Leningradi_Edasi_toimetus, lk 63
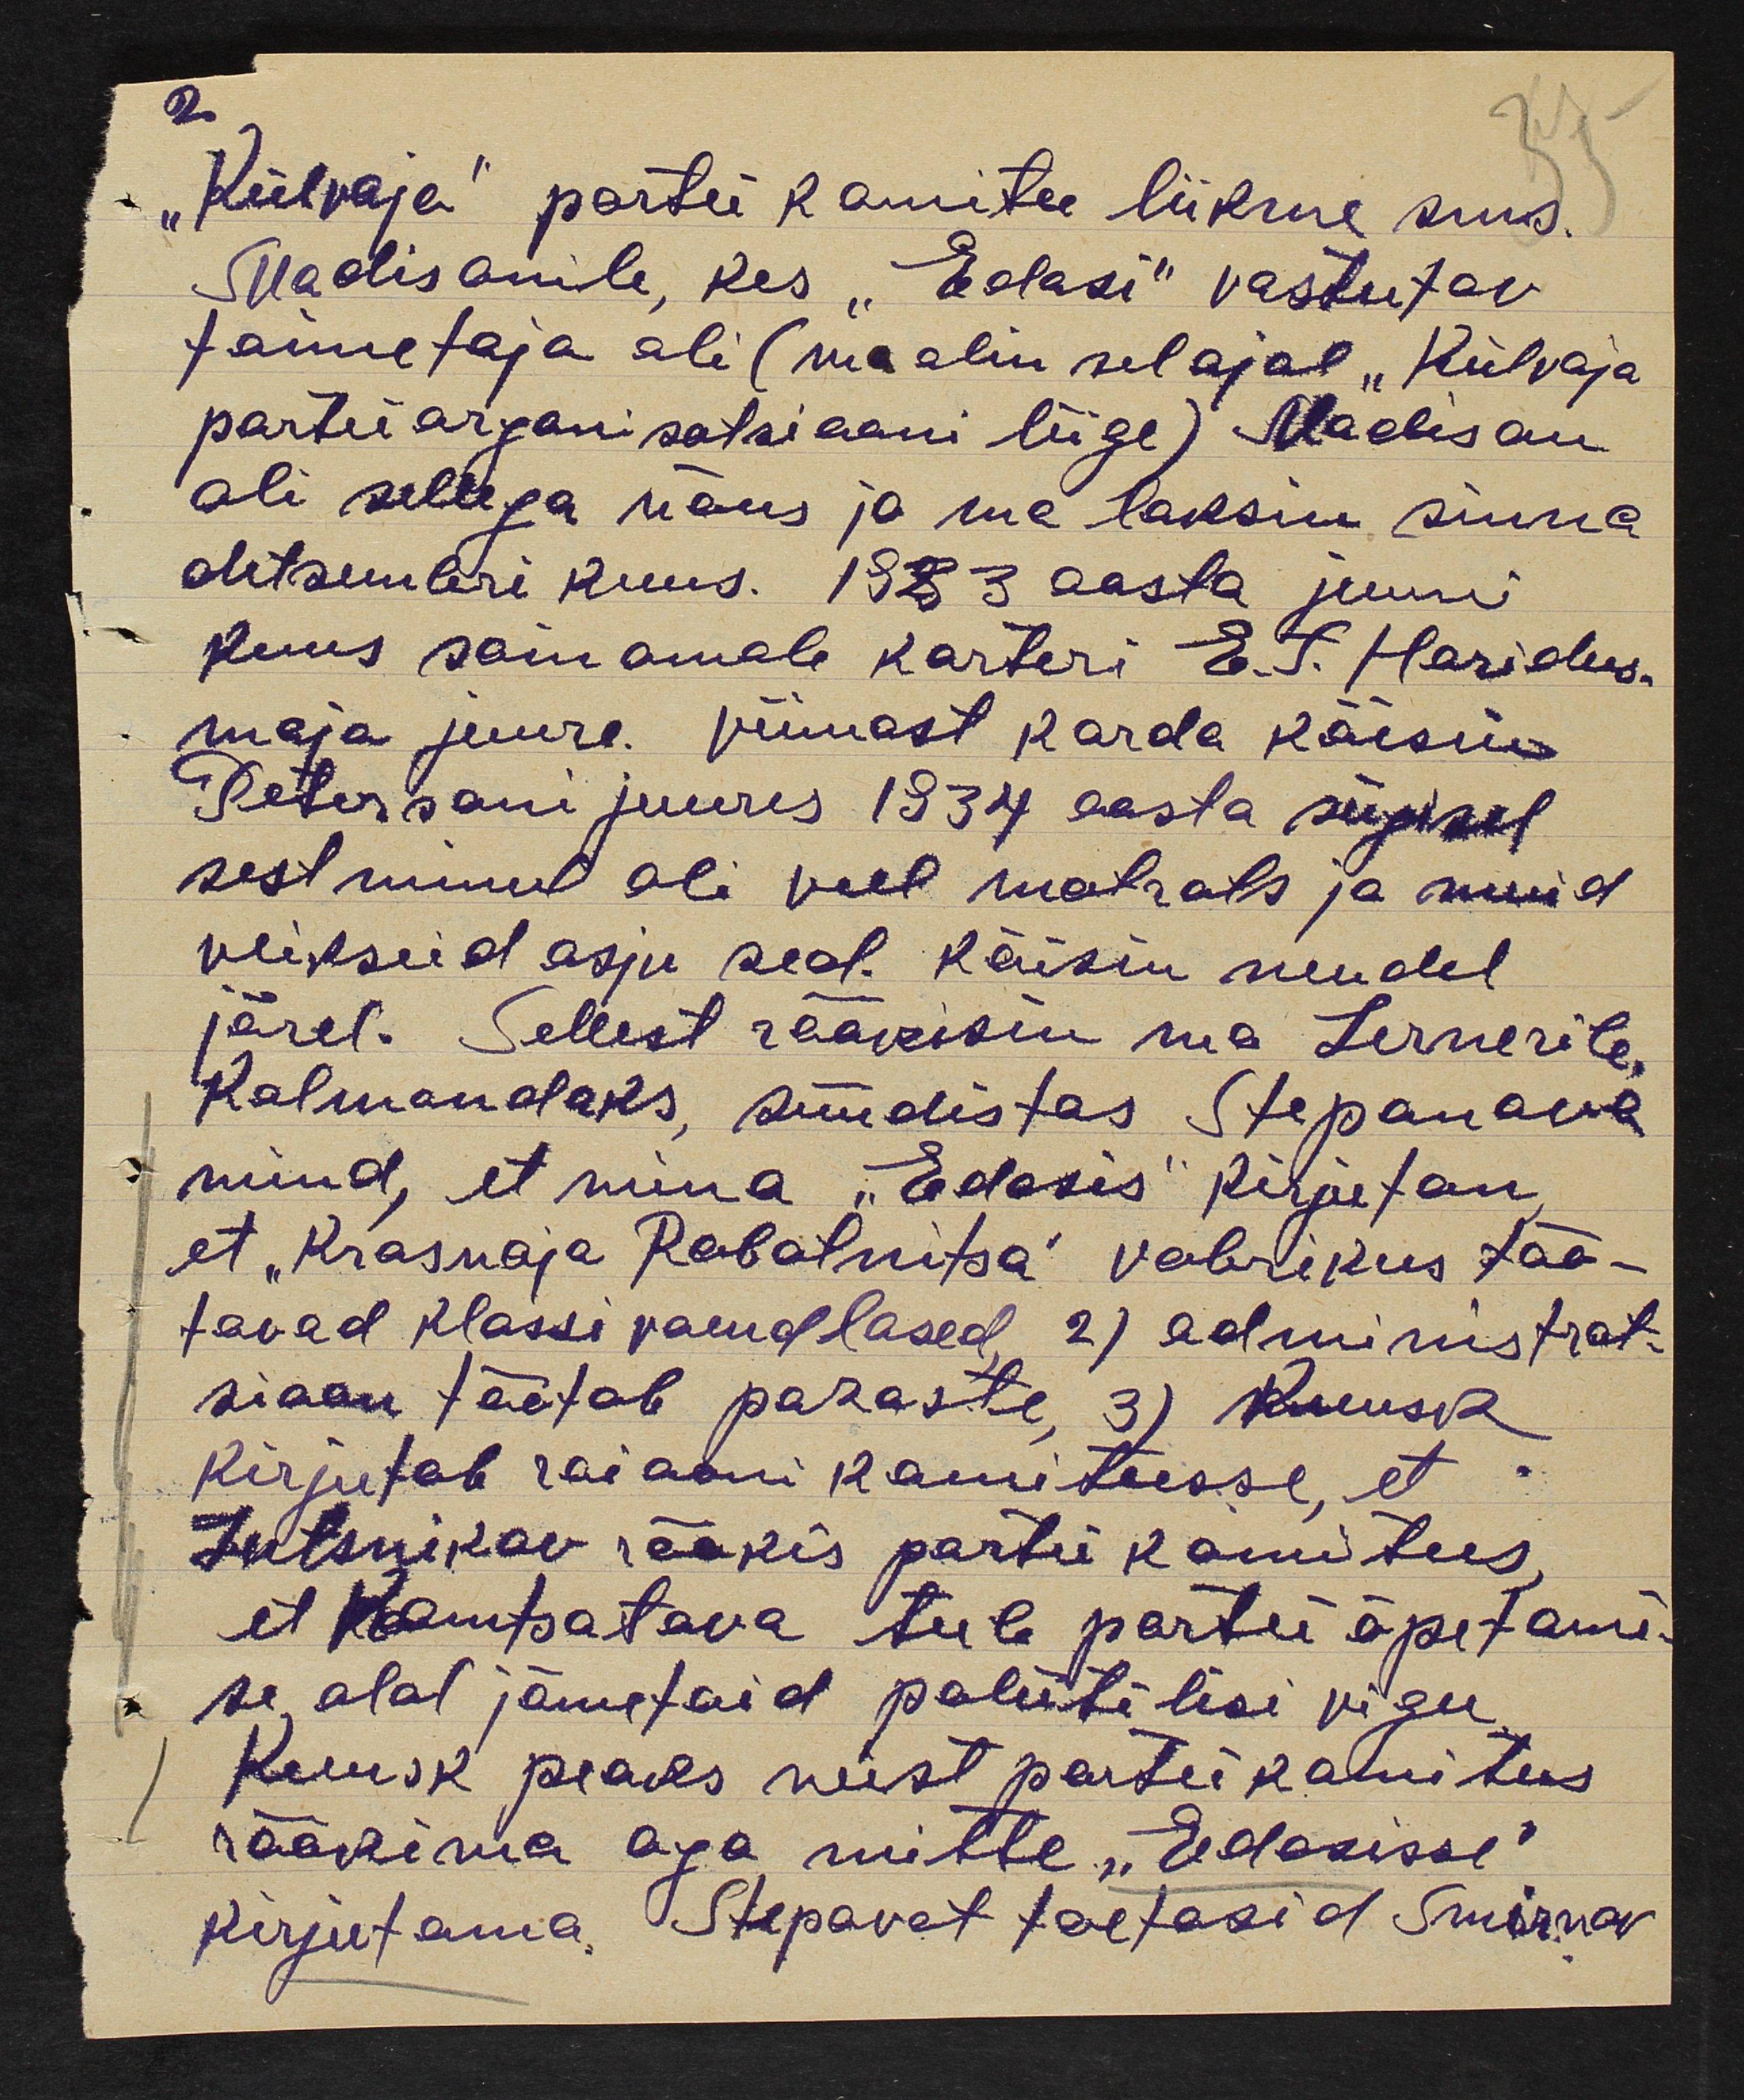
2.
"Külvaja" partei komitee liikme suus.
Madisonile, kes "Edasi" vastutav
toimetaja abi (ma olin sel ajal "Külvaja
parteiorganisatsiooni liige) Madison
oli sellega nõus ja ma läksin sinna
detsembri kuus. 1923 aasta juuni
kuus sain omale karteri E.T. Haridus.
maja juure. Viimast karda käisin
Petersoni juures 1934 aasta sügisel.
sest minul oli veel matrats ja muid
veikseid asju seal. Käisin nendel
järel. Sellest rääkisin ma Lernerile,
Kolmandaks, süüdistas Stepanova
mind, et mina "Edasis" kirjutan,
et "Krasnaja Rabotnitsa" vabrikus töö-
tavad klassi vaenlased 2) administrat
sioon töötab pahaste 3) Kuusk
kirjutab raiooni komiteesse, et
Jutsnikov rääkis partii komitees,
et Kamtsatava teeb partei õpetami-
se alal jämetaid poliitilisi vigu,
Kuusk peaks neist parteikomitees
rääkima aga mitte "Edasisse"
kirjutama. Stepavet toetasid Smirnov